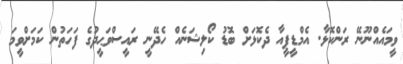
ވީމައެއްނޫނޭ ރަންކޮޅާ. އެމްޑީޕީއާ ދެކޮޅަށް ބޮޑު ކޯލިޝަނެއް ހެދޭނީ ރައީސްވަޙީދުގެ ފަހަތުން ކަމަށްވީމަ